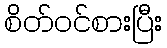
စိတ်ဝင်စားပြီး